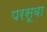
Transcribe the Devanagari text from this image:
परसूबा